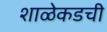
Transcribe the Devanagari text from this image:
शाळेकडची